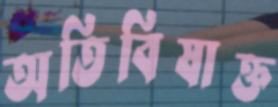
অতিবিষাক্ত